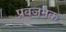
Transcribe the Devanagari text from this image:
प्रवजनक